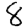
Digit: 8